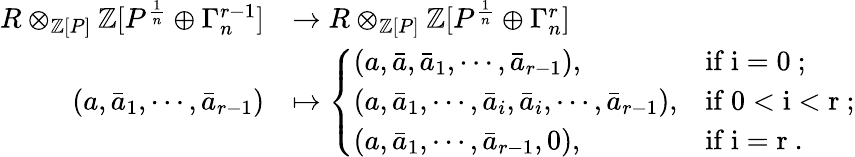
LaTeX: \begin{array}{rl}{R\otimes_{{\mathbb Z}[P]}{\mathbb Z}[P^{\frac{1}{n}}\oplus\Gamma_{n}^{r-1}]}&{\rightarrow R\otimes_{{\mathbb Z}[P]}{\mathbb Z}[P^{\frac{1}{n}}\oplus\Gamma_{n}^{r}]}\\ {(a,\bar{a}_{1},\cdots,\bar{a}_{r-1})}&{\mapsto\left\{ \begin{array}{ll}{(a,\bar{a},\bar{a}_{1},\cdots,\bar{a}_{r-1}),}&{\mathrm{if~i=0~;}}\\ {(a,\bar{a}_{1},\cdots,\bar{a}_{i},\bar{a}_{i},\cdots,\bar{a}_{r-1}),}&{\mathrm{if~0<i<r~;}}\\ {(a,\bar{a}_{1},\cdots,\bar{a}_{r-1},0),}&{\mathrm{if~i=r~.}}\end{array}\right.}\end{array}